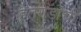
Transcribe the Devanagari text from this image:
हतगडाची